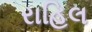
રાહિલ